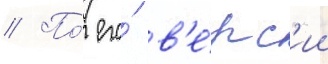
// По́ его́ в'е́рс'ии